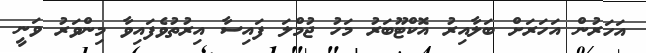
އަހަރުން އަހަރަށް ބަލާއިރު އޮކްޓޫބަރު މަހު ޖުމްލަ ފައިސާ އިރުތުވެފައިވާ މިންވަރު ވަނީ